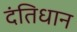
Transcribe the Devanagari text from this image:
दंतिधान